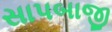
સાપબાજી